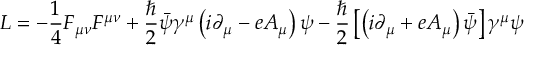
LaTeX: { \cal L } = - \frac { 1 } { 4 } F _ { \mu \nu } F ^ { \mu \nu } + \frac { \hbar } { 2 } \bar { \psi } \gamma ^ { \mu } \left( i \partial _ { \mu } - e A _ { \mu } \right) \psi - \frac { \hbar } { 2 } \left[ \left( i \partial _ { \mu } + e A _ { \mu } \right) \bar { \psi } \right] \gamma ^ { \mu } \psi